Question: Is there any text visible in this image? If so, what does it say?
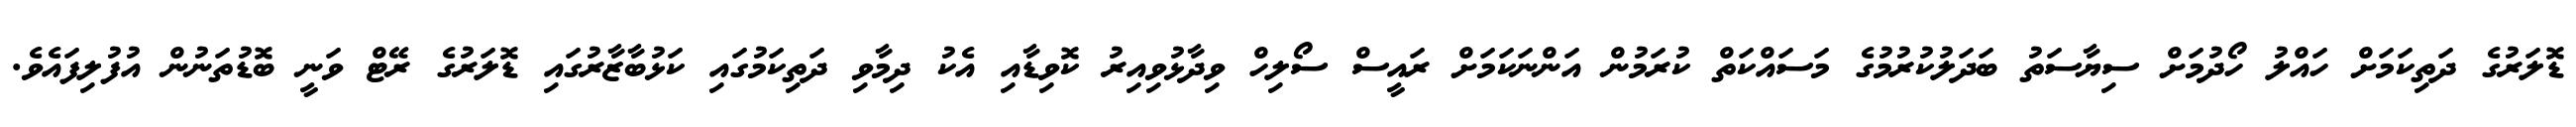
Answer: ޑޮލަރުގެ ދަތިކަމަށް ހައްލު ހޯދުމަށް ސިޔާސަތު ބަދަލުކުރުމުގެ މަސައްކަތް ކުރަމުން އަންނަކަމަށް ރައީސް ސޯލިހް ވިދާޅުވިއިރު ކޮވިޑާއި އެކު ދިމާވި ދަތިކަމުގައި ކަޅުބާޒާރުގައި ޑޮލަރުގެ ރޭޓް ވަނީ ބޮޑުތަނުން އުފުލިފައެވެ.